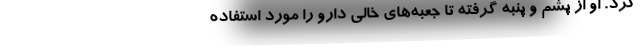
کرد. او از پشم و پنبه گرفته تا جعبه‌های خالی دارو را مورد استفاده